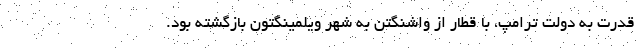
قدرت به دولت ترامپ، با قطار از واشنگتن به شهر ویلمینگتون بازگشته بود.